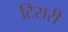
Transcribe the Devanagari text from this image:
टिसरी